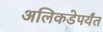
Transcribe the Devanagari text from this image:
अलिकडेपर्यंत